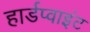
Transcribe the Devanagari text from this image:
हार्डप्वाइंट